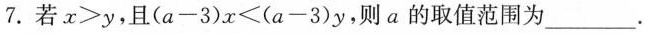
7. 若$$x>y$$，且$$(a-3)x<(a-3)y$$，则a的取值范围为___。